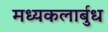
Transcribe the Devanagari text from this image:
मध्यकलार्बुध